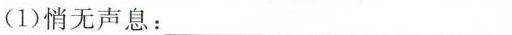
(1)悄无声息：___